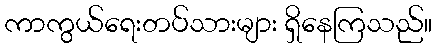
ကာကွယ်ရေးတပ်သားများ ရှိနေကြသည်။